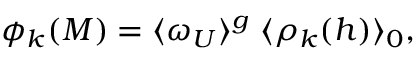
\phi _ { k } ( { \cal M } ) = \langle \omega _ { \cal U } \rangle ^ { g } \; \langle \rho _ { k } ( h ) \rangle _ { 0 } \mathrm { , }